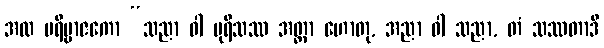
အထ ပရိဗ္ဗာဇကော “သညာ ဝါ ပုရိသဿ အတ္တာ ဟောတု, အညာ ဝါ သညာ, တံ သဿတာဒိ